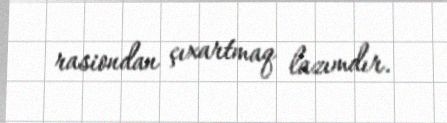
rasiondan çıxartmaq lazımdır.